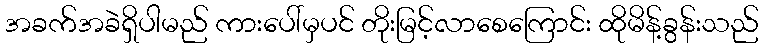
အခက်အခဲရှိပါမည် ကားပေါ်မှပင် တိုးမြင့်လာစေကြောင်း ထိုမိန့်ခွန်းသည်